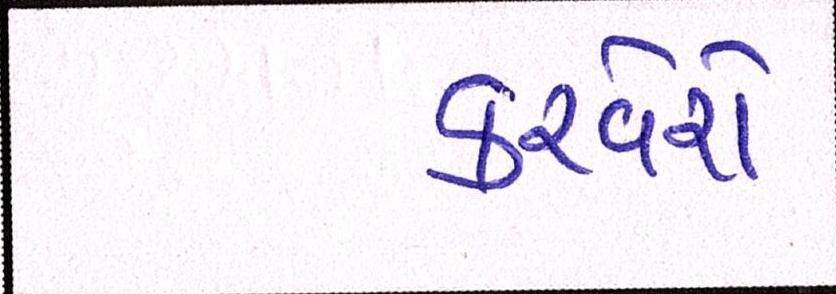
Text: કરવેરો